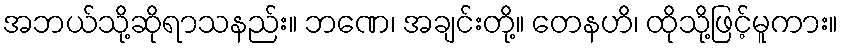
အဘယ်သို့ဆိုရာသနည်း။ ဘဏေ၊ အချင်းတို့။ တေနဟိ၊ ထိုသို့ဖြင့်မူကား။